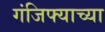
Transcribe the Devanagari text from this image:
गंजिफ्याच्या